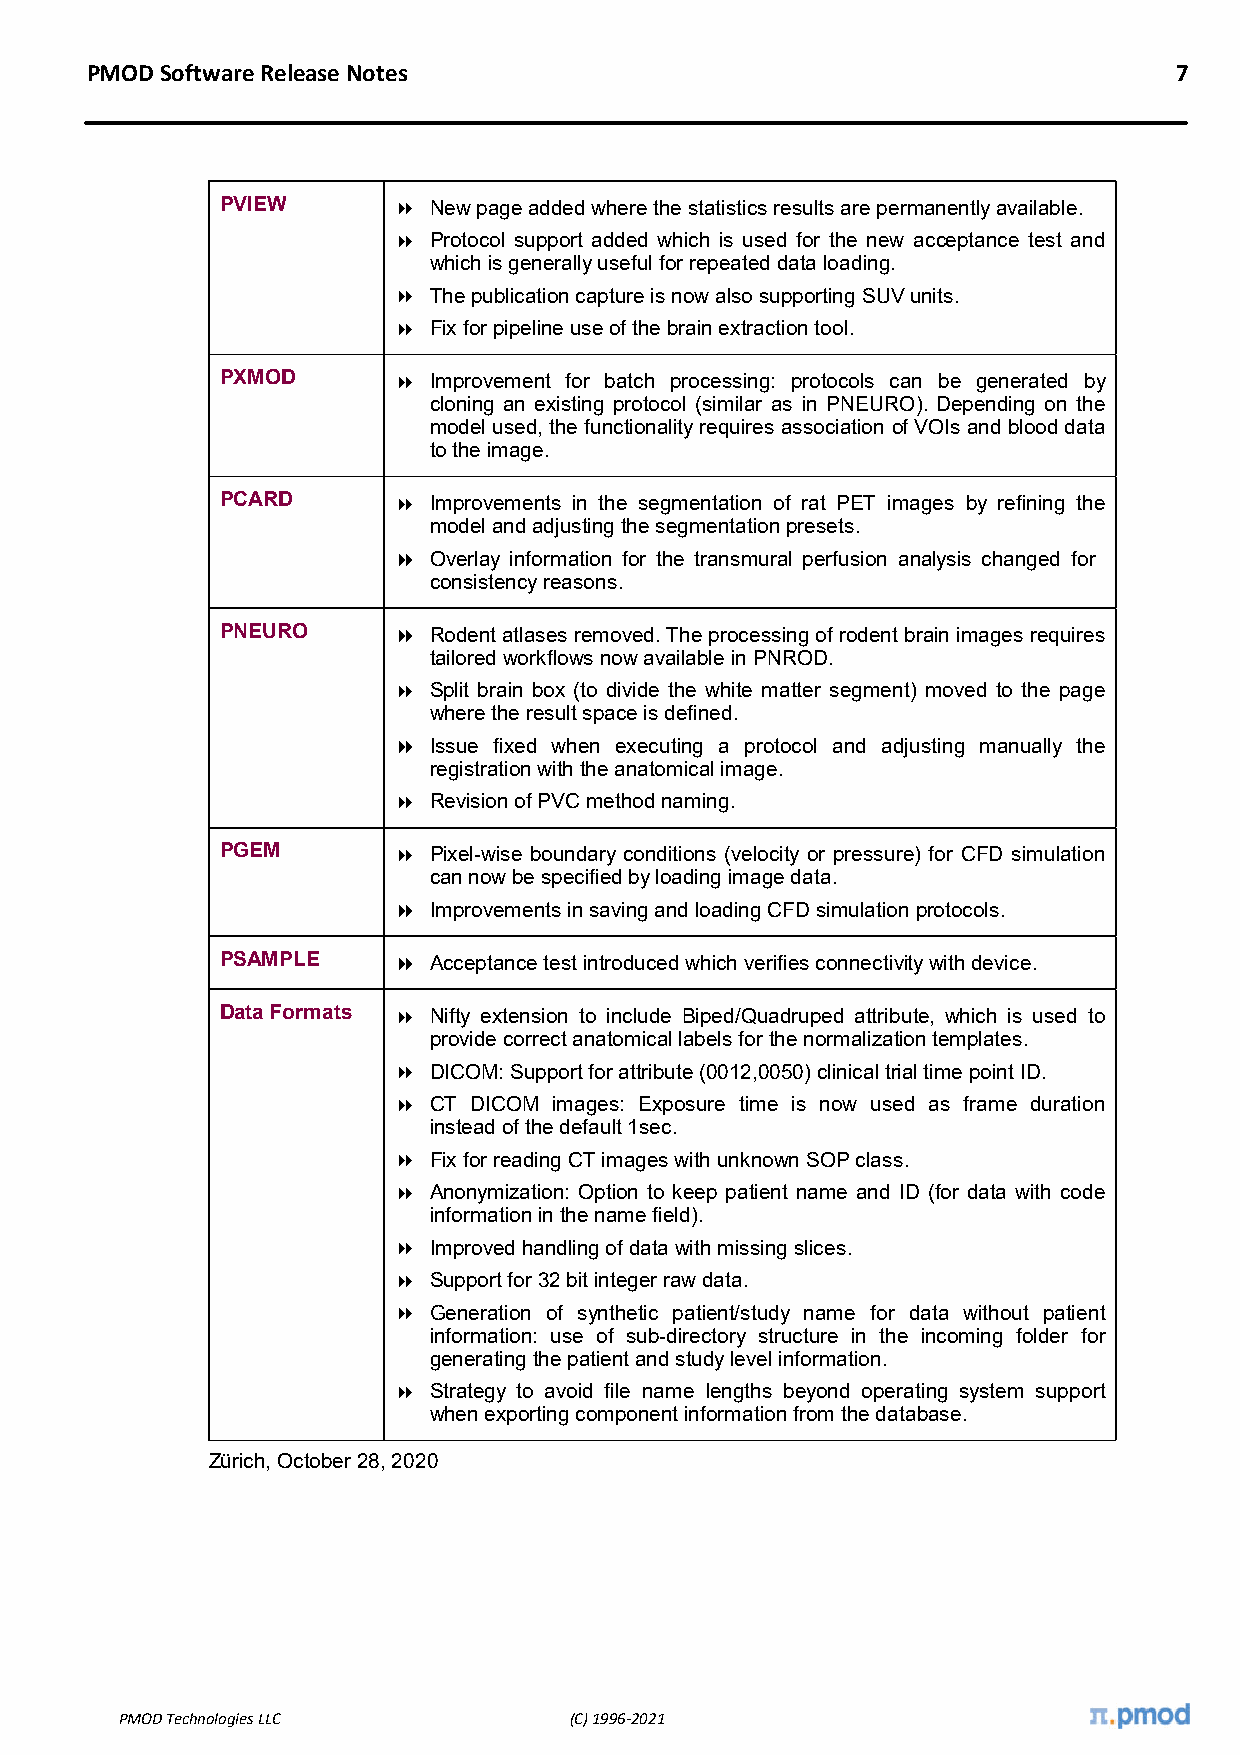
PMOD Software Release Notes                                             7
 PVIEW       New page added where the statistics results are permanently available.
  Protocol support added which is used for the new acceptance test and
 which is generally useful for repeated data loading.
  The publication capture is now also supporting SUV units.
  Fix for pipeline use of the brain extraction tool.
 PXMOD       Improvement for batch processing: protocols can be generated by
 cloning an existing protocol (similar as in PNEURO). Depending on the
 model used, the functionality requires association of VOIs and blood data
 to the image.
 PCARD       Improvements in the segmentation of rat PET images by refining the
 model and adjusting the segmentation presets.
  Overlay information for the transmural perfusion analysis changed for
 consistency reasons.
 PNEURO      Rodent atlases removed. The processing of rodent brain images requires
 tailored workflows now available in PNROD.
  Split brain box (to divide the white matter segment) moved to the page
 where the result space is defined.
  Issue fixed when executing a protocol and adjusting manually the
 registration with the anatomical image.
  Revision of PVC method naming.
 PGEM        Pixel-wise boundary conditions (velocity or pressure) for CFD simulation
 can now be specified by loading image data.
  Improvements in saving and loading CFD simulation protocols.
 PSAMPLE     Acceptance test introduced which verifies connectivity with device.
 Data Formats  Nifty extension to include Biped/Quadruped attribute, which is used to
 provide correct anatomical labels for the normalization templates.
  DICOM: Support for attribute (0012,0050) clinical trial time point ID.
  CT DICOM images: Exposure time is now used as frame duration
 instead of the default 1sec.
  Fix for reading CT images with unknown SOP class.
  Anonymization: Option to keep patient name and ID (for data with code
 information in the name field).
  Improved handling of data with missing slices.
  Support for 32 bit integer raw data.
  Generation of synthetic patient/study name for data without patient
 information: use of sub-directory structure in the incoming folder for
 generating the patient and study level information.
  Strategy to avoid file name lengths beyond operating system support
 when exporting component information from the database.
 Zürich, October 28, 2020
 PMOD Technologies LLC         (C) 1996-2021